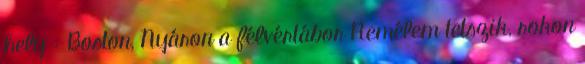
hely : Boston, Nyáron a félvértábor Remélem tetszik, rokon